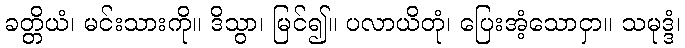
ခတ္တိယံ၊ မင်းသားကို။ ဒိသွာ၊ မြင်၍။ ပလာယိတုံ၊ ပြေးအံ့သောငှာ။ သမုဒ္ဒံ၊